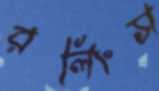
রলিংস